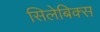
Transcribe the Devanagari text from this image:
सिलेबिक्स